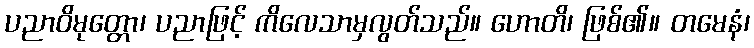
ပညာဝိမုတ္တော၊ ပညာဖြင့် ကိလေသာမှလွတ်သည်။ ဟောတိ၊ ဖြစ်၏။ တမေနံ၊